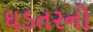
ઘડતરનો